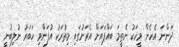
ދަންނަ އެހެން މީހަކު ނެތީމަ ބައްޕައަށް އެރަށުގައި މިތުރަކު އުފަންވި ހަބަރު ނުލިބުނީ